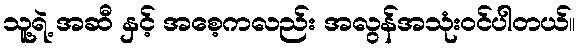
သူ့ရဲ့ အဆီ နှင့် အစေ့ကလည်း အလွန်အသုံးဝင်ပါတယ်။